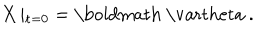
LaTeX: X \left| _ { { \bf t } = 0 } \right. = \mathrm { \boldmath ~ \ v a r t h e t a ~ } .